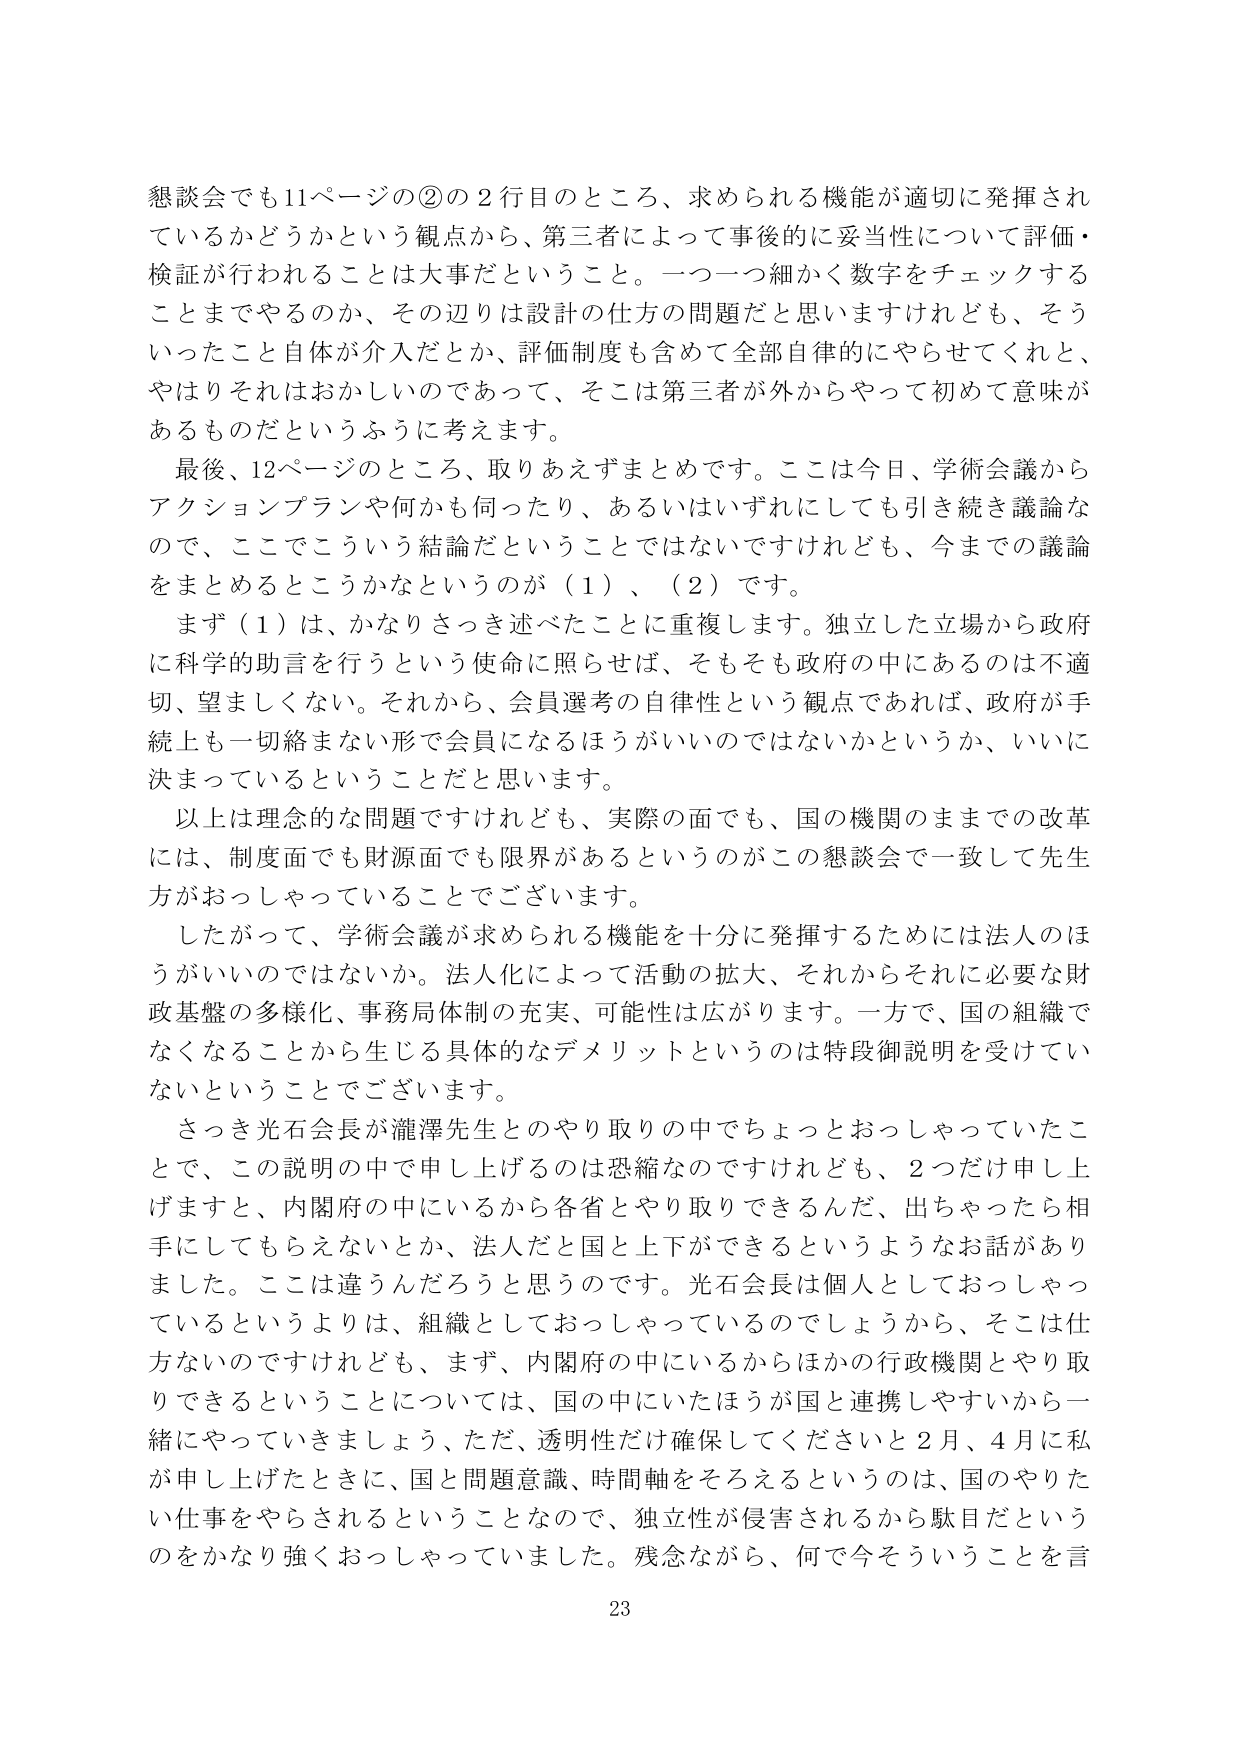
懇談会でも11ページの②の2行目のところ、求められる機能が適切に発揮されているかどうかという観点から、第三者によって事後的に妥当性について評価・検証が行われることは大事だということ。一つ一つ細かく数字をチェックすることまでやるのか、その辺りは設計の仕方の問題だと思いますけれども、そういったこと自体が介入だとか、評価制度も含めて全部自律的にやらせてくれと、やはりそれはおかしいのであって、そこは第三者が外からやって初めて意味があるものだというふうに考えます。

最後、12ページのところ、取りあえずまとめです。ここは今日、学術会議からアクションプランや何かも伺ったり、あるいはいずれにしても引き続き議論なので、ここでこういう結論だということではないですけれども、今までの議論をまとめるところかなというのが（1）、（2）です。

まず（1）は、かなりさっき述べたことに重複します。独立した立場から政府に科学的助言を行うという使命に照らせば、そもそも政府の中にあるのは不適切、望ましくない。それから、会員選考の自律性という観点であれば、政府が手続上も一切絡まない形で会員になるほうがいいのではないかというか、いいに決まっているということだと思います。

以上は理念的な問題ですけれども、実際の面でも、国の機関のままでの改革には、制度面でも財源面でも限界があるというのがこの懇談会で一致して先生方がおっしゃっていることでございます。

したがって、学術会議が求められる機能を十分に発揮するためには法人のほうがいいのではないか。法人化によって活動の拡大、それからそれに必要な財政基盤の多様化、事務局体制の充実、可能性は広がります。一方で、国の組織でなくなることから生じる具体的なデメリットというのは特段御説明を受けていないということでございます。

さっき光石会長が瀧澤先生とのやり取りの中でちょっとおっしゃっていたことで、この説明の中で申し上げるのは恐縮なのですがけれども、2つだけ申し上げますと、内閣府の中にいるから各省とやり取りできるんだ、出ちゃったら相手にしてもらえないとか、法人だと国と上下ができるというようなお話がありました。ここは違うんだろうと思うのです。光石会長は個人としておっしゃっているというよりは、組織としておっしゃっているのでしょうから、そこは仕方ないのですけれども、まず、内閣府の中にいるからほかの行政機関とやり取りできるということについては、国の中にいたほうが国と連携しやすいから一緒にやっていきましょう、ただ、透明性だけ確保してくださいと2月、4月に私が申し上げたときに、国と問題意識、時間軸をそろえるというのは、国のやりたい仕事をやらされるということなので、独立性が侵害されるから駄目だというのをかなり強くおっしゃっていました。残念ながら、何で今そういうことを言

23